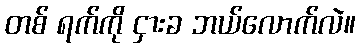
တစ် ရက်ကို ငှားခ ဘယ်လောက်လဲ။